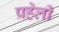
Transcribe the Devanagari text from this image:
प्रहेली